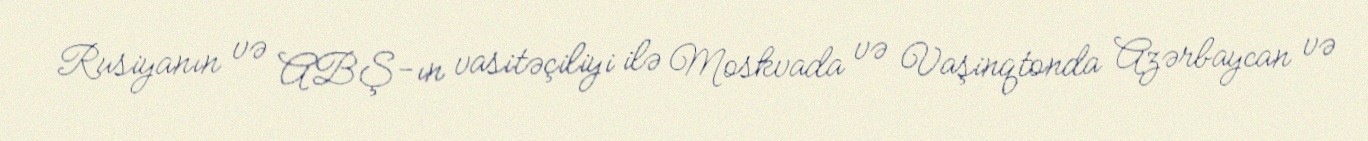
Rusiyanın və ABŞ-ın vasitəçiliyi ilə Moskvada və Vaşinqtonda Azərbaycan və